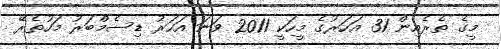
މީގެ ތެރެއިން 31 އަހަރުގެ މީހަކީ 2011 ވަނަ އަހަރު ޑިސެމްބަރު މަހުތެރޭ